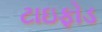
ટાઇફોડ